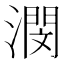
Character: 潣